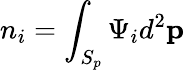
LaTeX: n_{i}=\int_{S_{p}}\Psi_{i}d^{2}\mathbf{p}